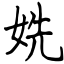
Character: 姺